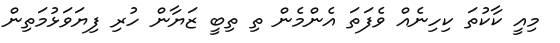
މިއީ ކާކުތަ ކިހިނެއް ވެފަތަ އެންމެން ތި ތިބީ ޒަޔާން ހުރި ފިޔަވަޅުމަތިން